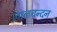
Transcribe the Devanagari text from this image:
लालचन्दन